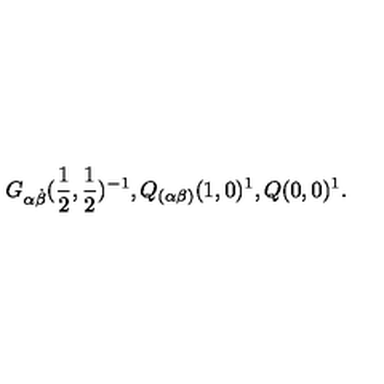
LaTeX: G _ { \alpha \dot { \beta } } ( \frac { 1 } { 2 } , \frac { 1 } { 2 } ) ^ { - 1 } , Q _ { ( \alpha \beta ) } ( 1 , 0 ) ^ { 1 } , Q ( 0 , 0 ) ^ { 1 } .